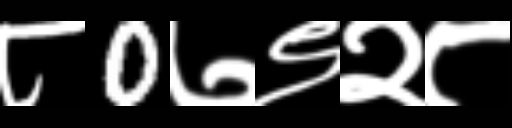
Text: ८0७९२८